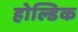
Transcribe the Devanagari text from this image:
होल्डिक